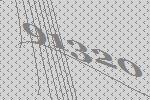
91320